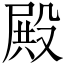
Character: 殿